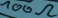
Text: 100Ω